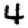
Digit: 4